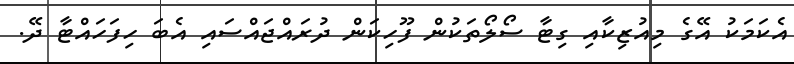
އެކަމަކު އޭގެ މިއުޒިކާއި ގިޓާ ސޯލޯތަކުން ފޫހިކަން ދުރައްޖައްސައި އެބަ ހިފަހައްޓާ ދޭ.